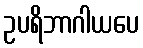
ဥပရိဘာဂါယပေ